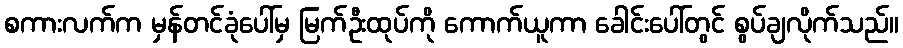
စကားလက်က မှန်တင်ခုံပေါ်မှ မြက်ဦးထုပ်ကို ကောက်ယူကာ ခေါင်းပေါ်တွင် စွပ်ချလိုက်သည်။